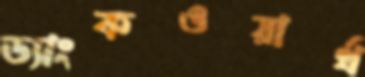
ড্যাংকওয়ার্থ